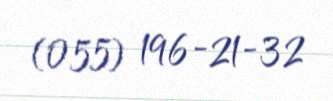
(055) 196-21-32